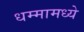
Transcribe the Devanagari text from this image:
धम्मामध्ये